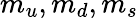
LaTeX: m_{u},m_{d},m_{s}